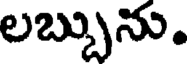
లబ్బును.